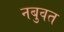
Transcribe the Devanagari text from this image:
नबुवत